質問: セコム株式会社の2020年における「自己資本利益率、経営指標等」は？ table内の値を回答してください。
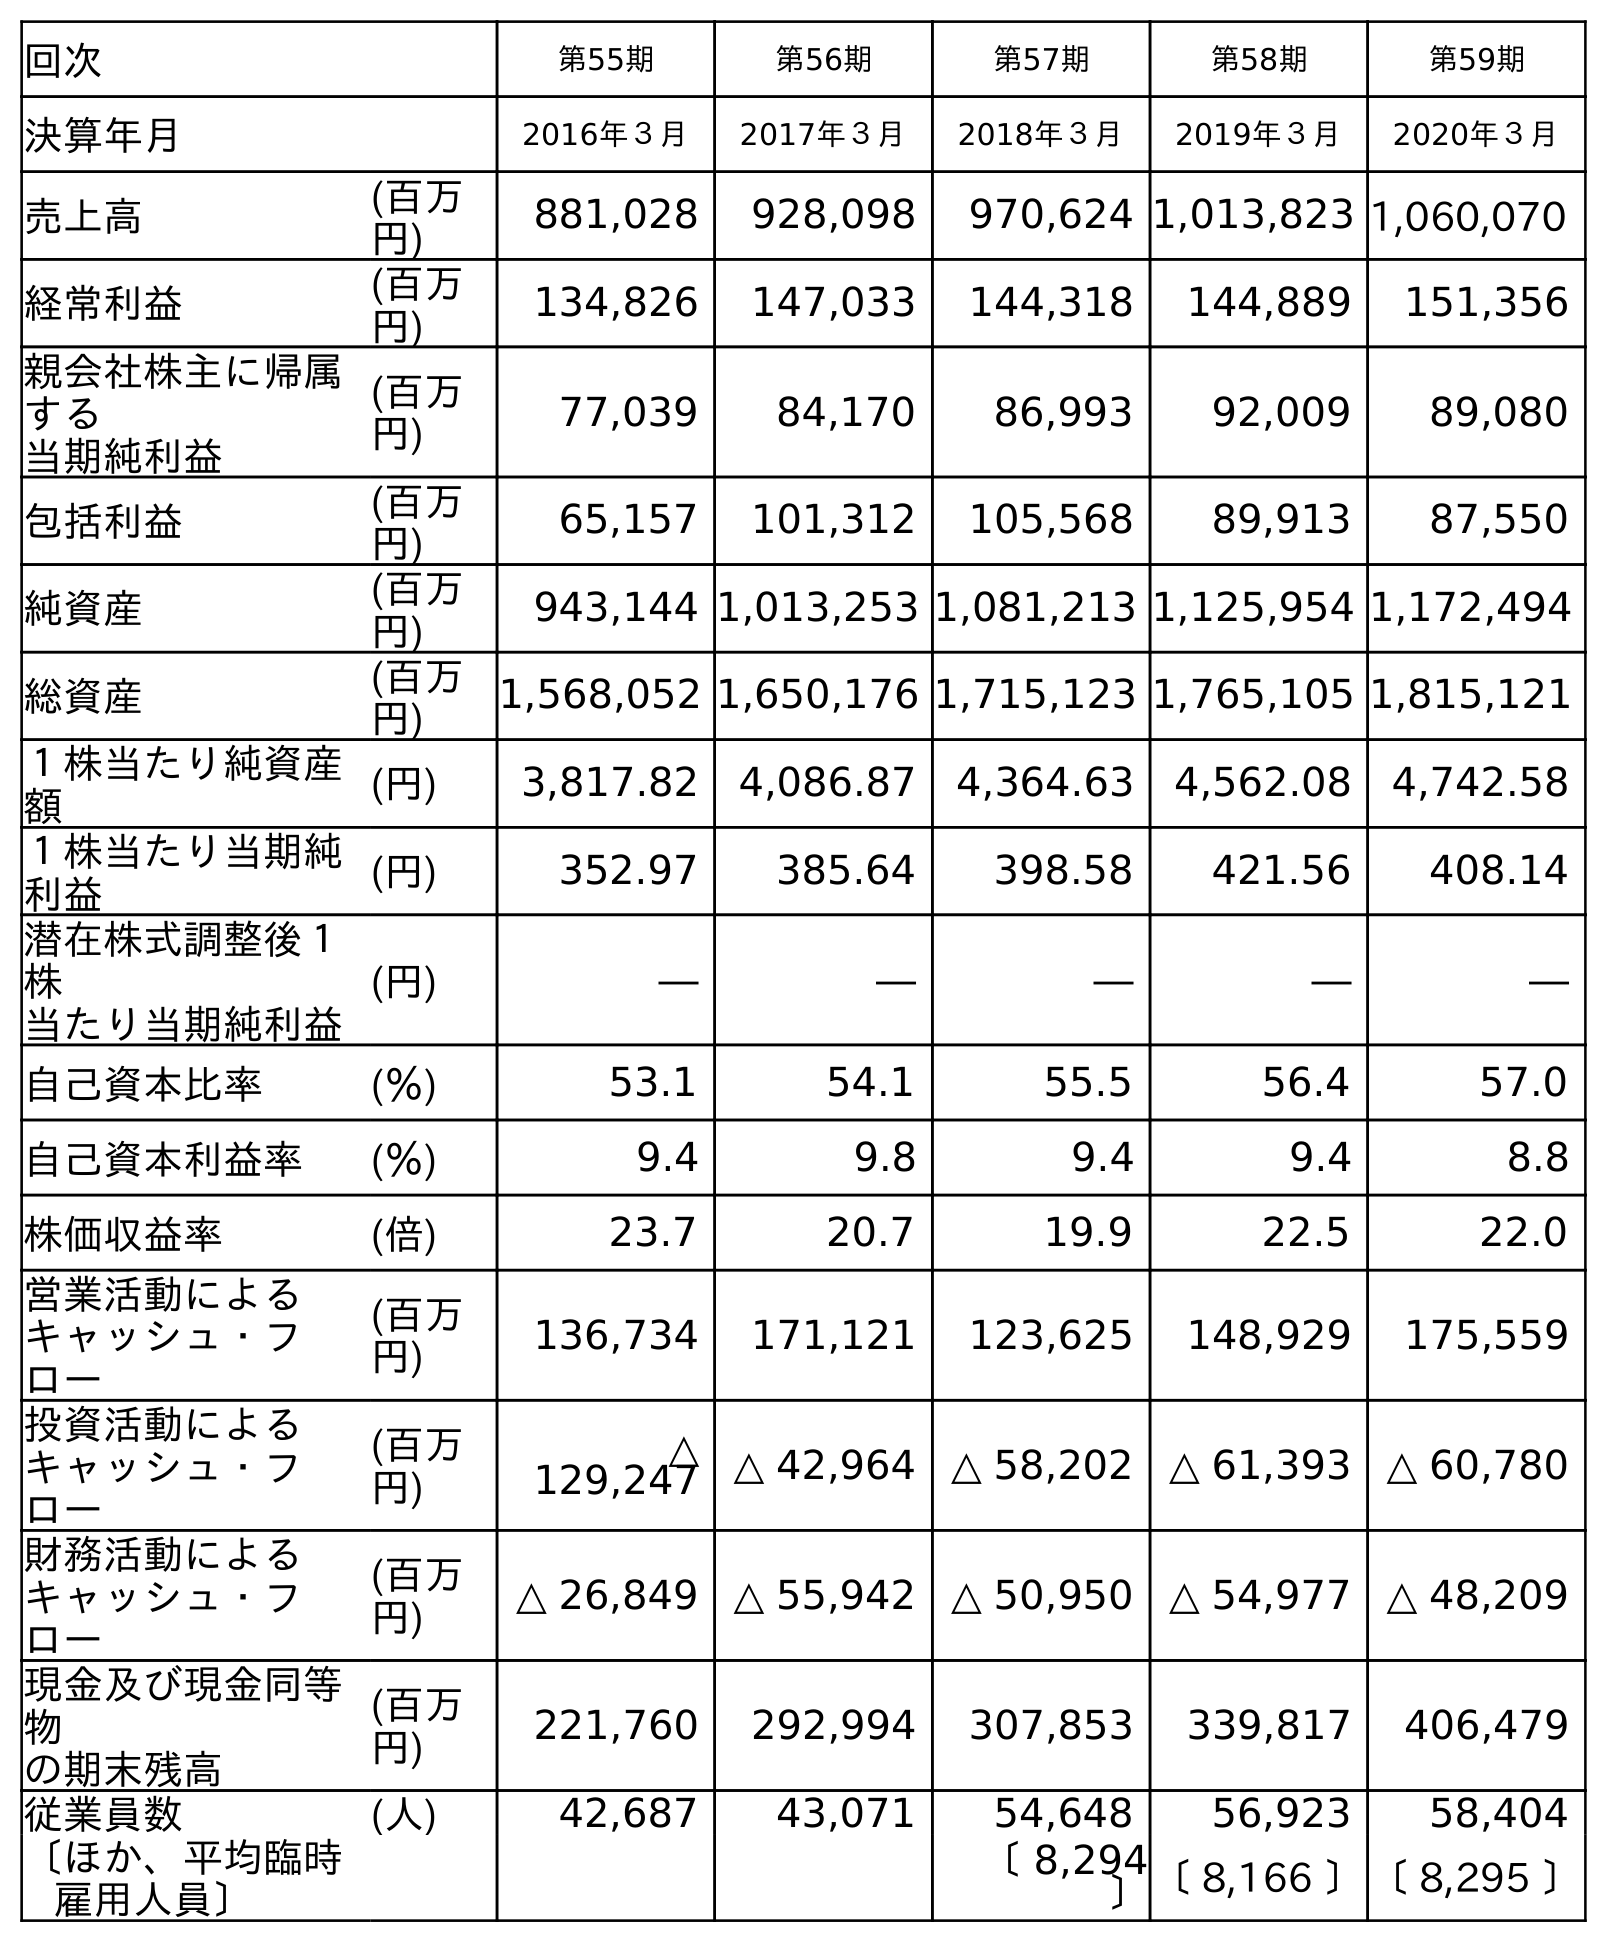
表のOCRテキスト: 回次 第55期 第56期 第57期 第58期 第59期 決算年月 2016年３月 2017年３月 2018年３月 2019年３月 2020年３月 売上高 (百万 円) 881,028 928,098 970,624 1,013,823 1,060,070 経常利益 (百万 円) 134,826 147,033 144,318 144,889 151,356 親会社株主に帰属 する 当期純利益 (百万 円) 77,039 84,170 86,993 92,009 89,080 包括利益 (百万 円) 65,157 101,312 105,568 89,913 87,550 純資産 (百万 円) 943,144 1,013,253 1,081,213 1,125,954 1,172,494 総資産 (百万 円) 1,568,052 1,650,176 1,715,123 1,765,105 1,815,121 １株当たり純資産 額 (円) 3,817.82 4,086.87 4,364.63 4,562.08 4,742.58 １株当たり当期純 利益 (円) 352.97 385.64 398.58 421.56 408.14 潜在株式調整後１ 株 当たり当期純利益 (円) ― ― ― ― ― 自己資本比率 (％) 53.1 54.1 55.5 56.4 57.0 自己資本利益率 (％) 9.4 9.8 9.4 9.4 8.8 株価収益率 (倍) 23.7 20.7 19.9 22.5 22.0 営業活動による キャッシュ・フ ロー (百万 円) 136,734 171,121 123,625 148,929 175,559 投資活動による キャッシュ・フ ロー (百万 円) △ 129,247 △ 42,964 △ 58,202 △ 61,393 △ 60,780 財務活動による キャッシュ・フ ロー (百万 円) △ 26,849 △ 55,942 △ 50,950 △ 54,977 △ 48,209 現金及び現金同等 物 の期末残高 (百万 円) 221,760 292,994 307,853 339,817 406,479 従業員数 (人) 42,687 43,071 54,648 56,923 58,404 〔ほか、平均臨時 雇用人員〕 〔 8,294 〕〔 8,166 〕〔 8,295 〕
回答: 8.8